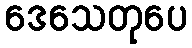
ဒေသေတုပေ